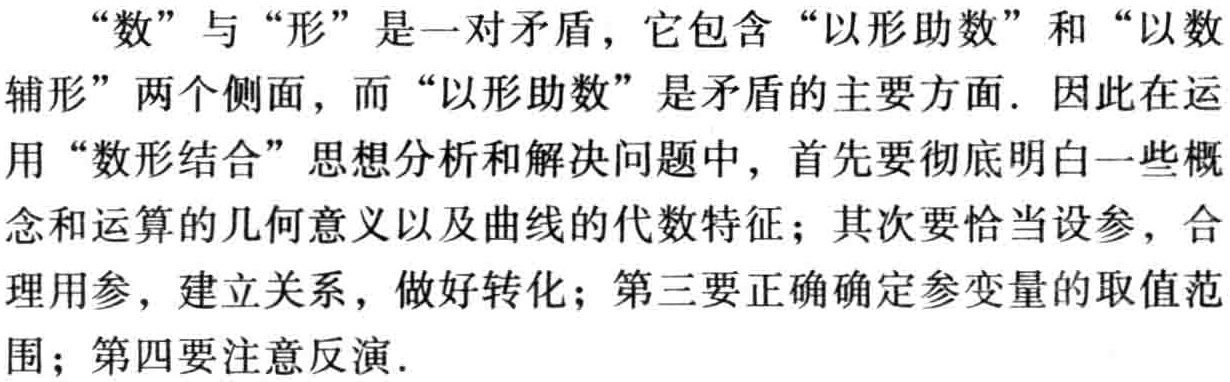
“数”与“形”是一对矛盾，它包含“以形助数”和“以数辅形”两个侧面，而“以形助数”是矛盾的主要方面. 因此在运用“数形结合”思想分析和解决问题中，首先要彻底明白一些概念和运算的几何意义以及曲线的代数特征；其次要恰当设参，合理用参，建立关系，做好转化；第三要正确确定参变量的取值范围；第四要注意反演.